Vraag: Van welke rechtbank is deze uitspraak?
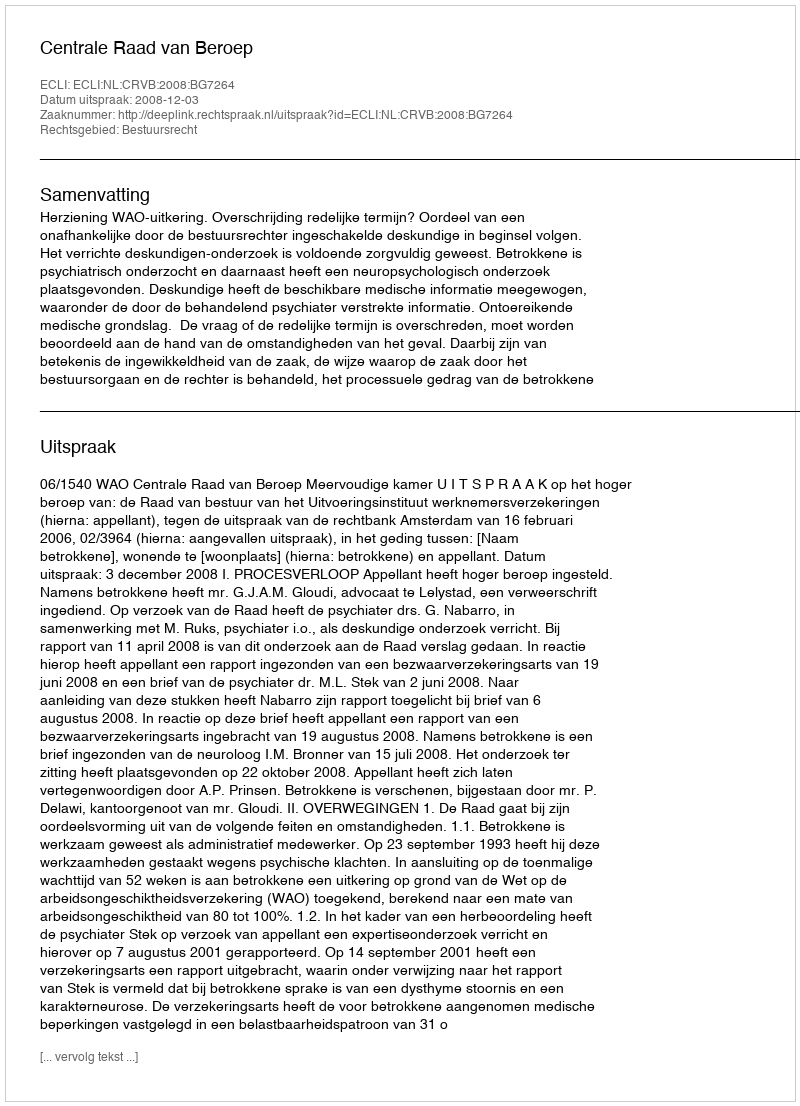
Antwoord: Centrale Raad van Beroep